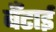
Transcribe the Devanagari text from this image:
बँटाई